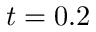
t = 0 . 2